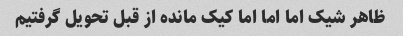
ظاهر شیک اما اما اما کیک مانده از قبل تحویل گرفتیم